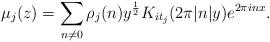
LaTeX: \begin{align*} \mu_j(z)=\sum_{n \neq 0} \rho_j(n)y^{\frac{1}{2}}K_{it_j}(2\pi \vert n \vert y) e^{2\pi i n x}.\end{align*}